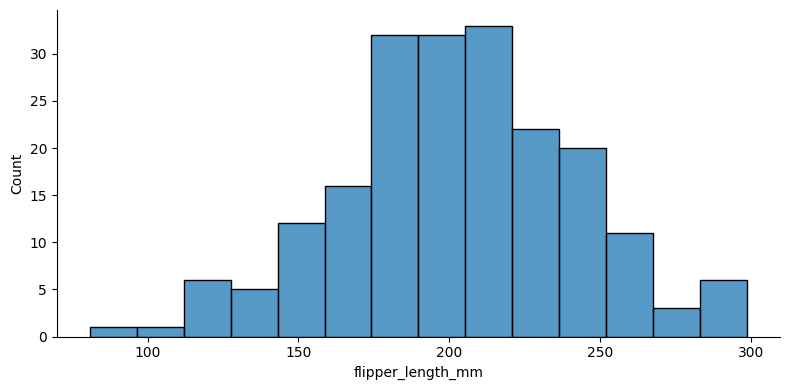
python, seaborn, displot, kind='hist', column='flipper_length_mm', hue='all', height=4, aspect=2.0